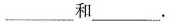
___和___.